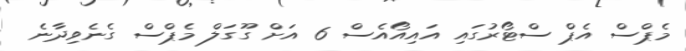
މެޕްސް އެޕް ސްޓޯރުގައި އައިއޯއެސް 6 އަށް ގޫގަލް މެޕްސް ގެނެވިދާނެ